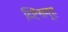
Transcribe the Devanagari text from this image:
व्ष्टिसमूह